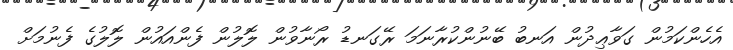
އެހެންކަމުން ގަވާޢިދުން އަނބު ބޭނުންކުރާނަމަ ރޭގަނޑު ރޯނާވުން ލޮލުން ފެންއައުން ލޮލުގެ ފެނުމަށް